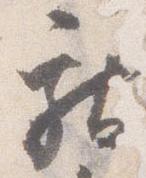
献